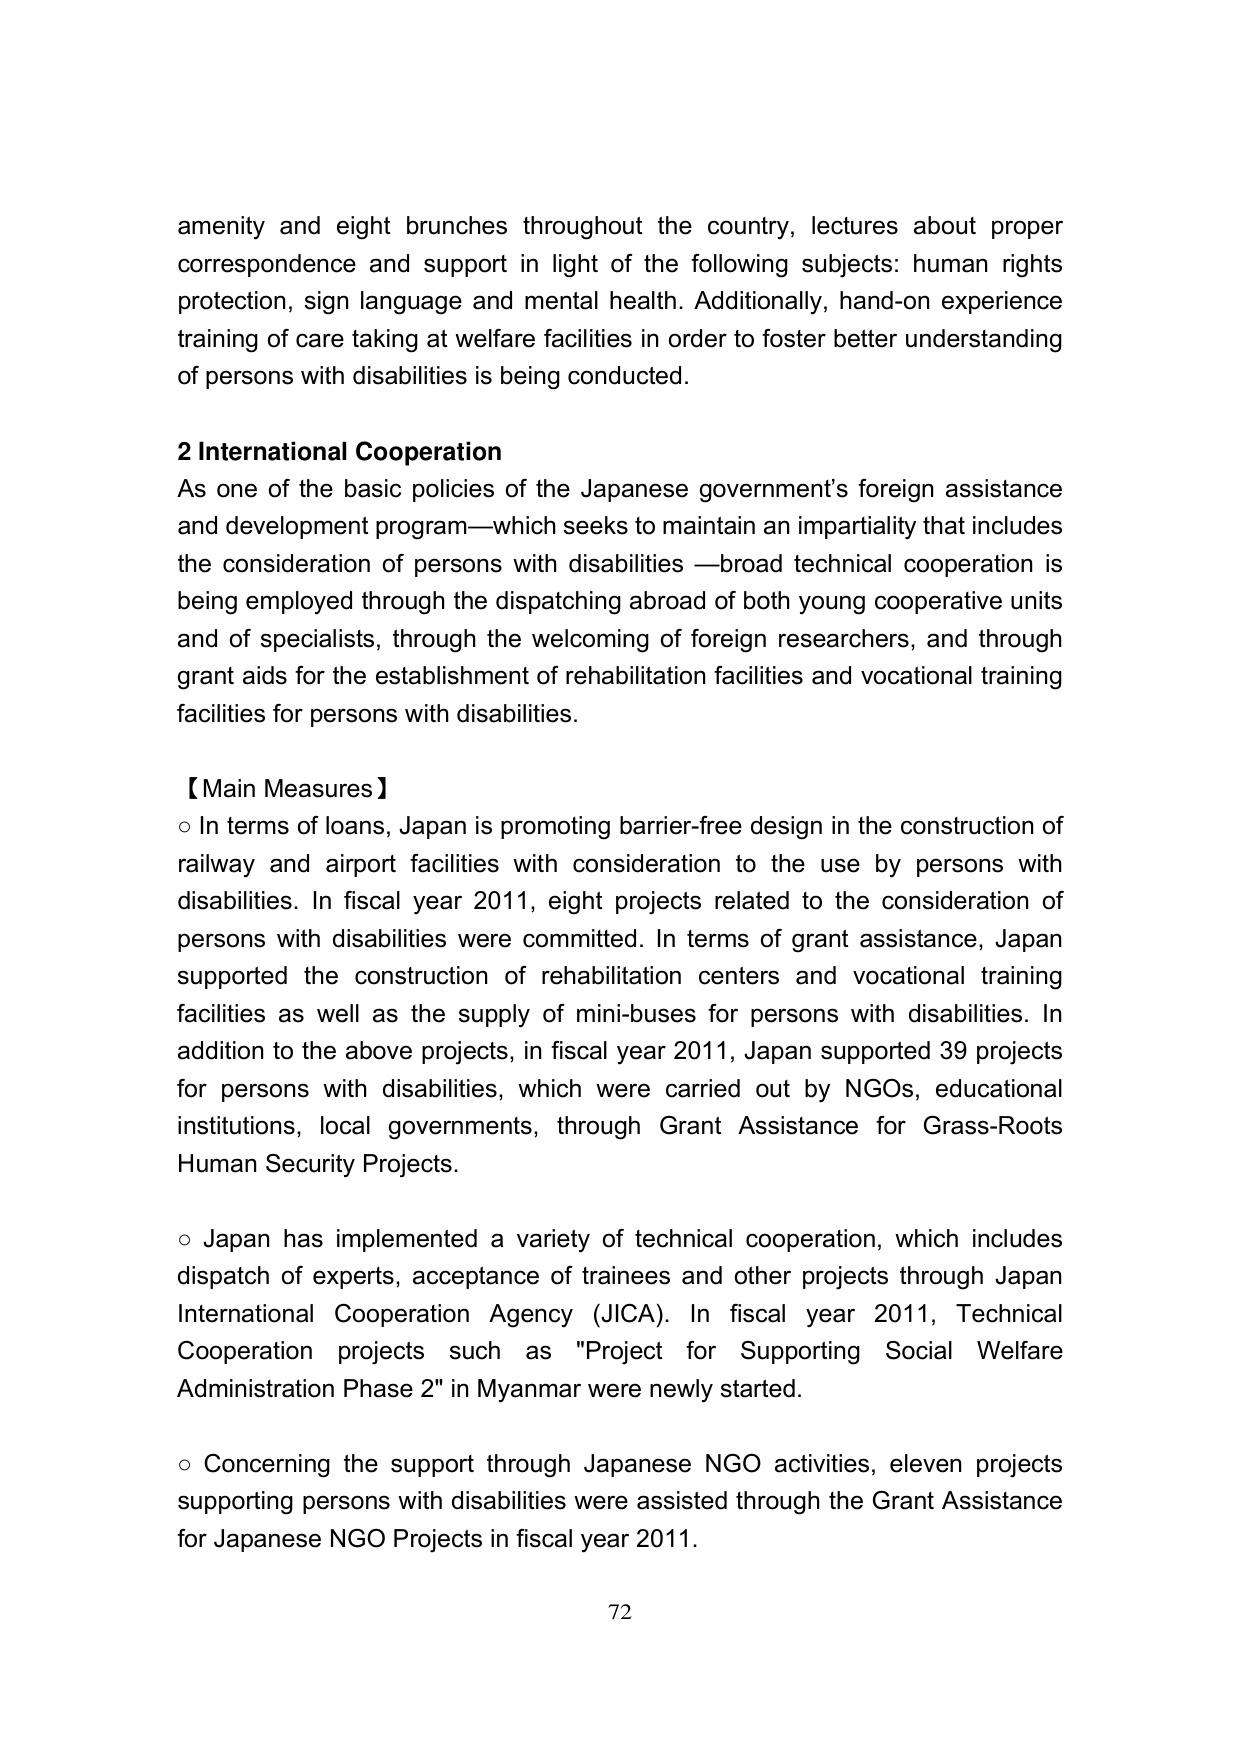
amenity and eight brunches throughout the country, lectures about proper correspondence and support in light of the following subjects: human rights protection, sign language and mental health. Additionally, hand-on experience training of care taking at welfare facilities in order to foster better understanding of persons with disabilities is being conducted.

2 International Cooperation
As one of the basic policies of the Japanese government's foreign assistance and development program—which seeks to maintain an impartiality that includes the consideration of persons with disabilities —broad technical cooperation is being employed through the dispatching abroad of both young cooperative units and of specialists, through the welcoming of foreign researchers, and through grant aids for the establishment of rehabilitation facilities and vocational training facilities for persons with disabilities.

【Main Measures】
○ In terms of loans, Japan is promoting barrier-free design in the construction of railway and airport facilities with consideration to the use by persons with disabilities. In fiscal year 2011, eight projects related to the consideration of persons with disabilities were committed. In terms of grant assistance, Japan supported the construction of rehabilitation centers and vocational training facilities as well as the supply of mini-buses for persons with disabilities. In addition to the above projects, in fiscal year 2011, Japan supported 39 projects for persons with disabilities, which were carried out by NGOs, educational institutions, local governments, through Grant Assistance for Grass-Roots Human Security Projects.

○ Japan has implemented a variety of technical cooperation, which includes dispatch of experts, acceptance of trainees and other projects through Japan International Cooperation Agency (JICA). In fiscal year 2011, Technical Cooperation projects such as "Project for Supporting Social Welfare Administration Phase 2" in Myanmar were newly started.

○ Concerning the support through Japanese NGO activities, eleven projects supporting persons with disabilities were assisted through the Grant Assistance for Japanese NGO Projects in fiscal year 2011.

72